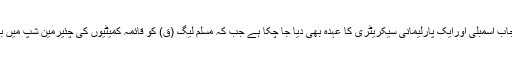
مسلم لیگ (ق) کواسپیکر پنجاب اسمبلی اورایک پارلیمانی سیکریٹری کا عہدہ بھی دیا جا چکا ہے جب کہ مسلم لیگ (ق) کو قائمہ کمیٹیوں کی چئیرمین شپ میں بھی نمائندگی دی جائے گی۔